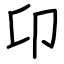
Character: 卬